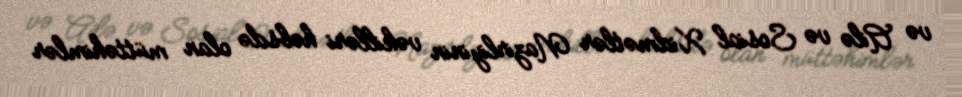
və Ailə və Sosial Xidmətlər Nazirliyinin vəkilləri həbsdə olan müttəhimlər